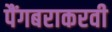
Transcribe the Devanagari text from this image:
पैंगबराकरवी